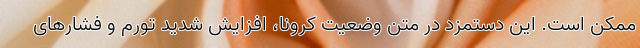
ممکن است. این دستمزد در متن وضعیت کرونا، افزایش شدید تورم و فشارهای